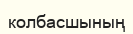
колбасшының